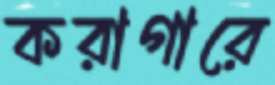
করাগারে